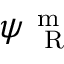
\psi _ { \mathrm { ~ \tiny ~ R ~ } } ^ { \mathrm { ~ m ~ } }